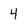
Character: 4